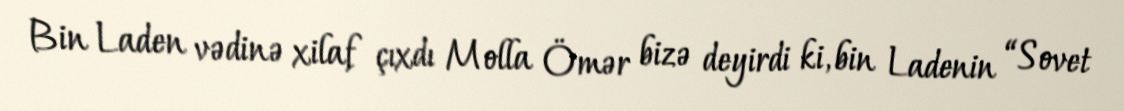
Bin Laden vədinə xilaf çıxdı Molla Ömər bizə deyirdi ki, bin Ladenin “Sovet